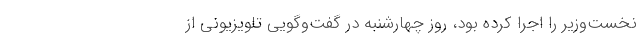
نخست‌وزیر را اجرا کرده بود، روز چهارشنبه در گفت‌وگویی تلویزیونی از